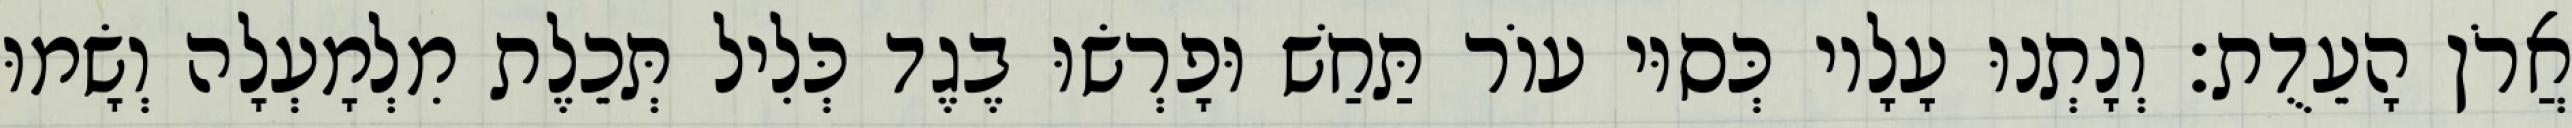
אֲרֹן הָעֵדֻת׃ וְנָתְנוּ עָלָיו כְּסוּי עוֹר תַּחַשׁ וּפָרְשׂוּ בֶגֶד כְּלִיל תְּכֵלֶת מִלְמָעְלָה וְשָׂמוּ